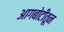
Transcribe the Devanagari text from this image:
आगबोटीतून